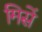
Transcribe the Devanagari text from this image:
मिसें